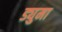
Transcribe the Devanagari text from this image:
ड्युमा